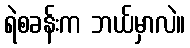
ရဲစခန်းက ဘယ်မှာလဲ။